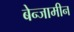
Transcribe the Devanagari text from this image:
बेन्जामीन